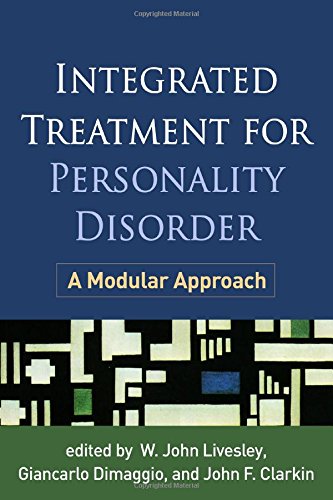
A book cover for Integrated Treatment for Personality Disorder: A Modular Approach; Health, Fitness & Dieting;